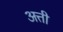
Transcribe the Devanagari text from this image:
अत्ती